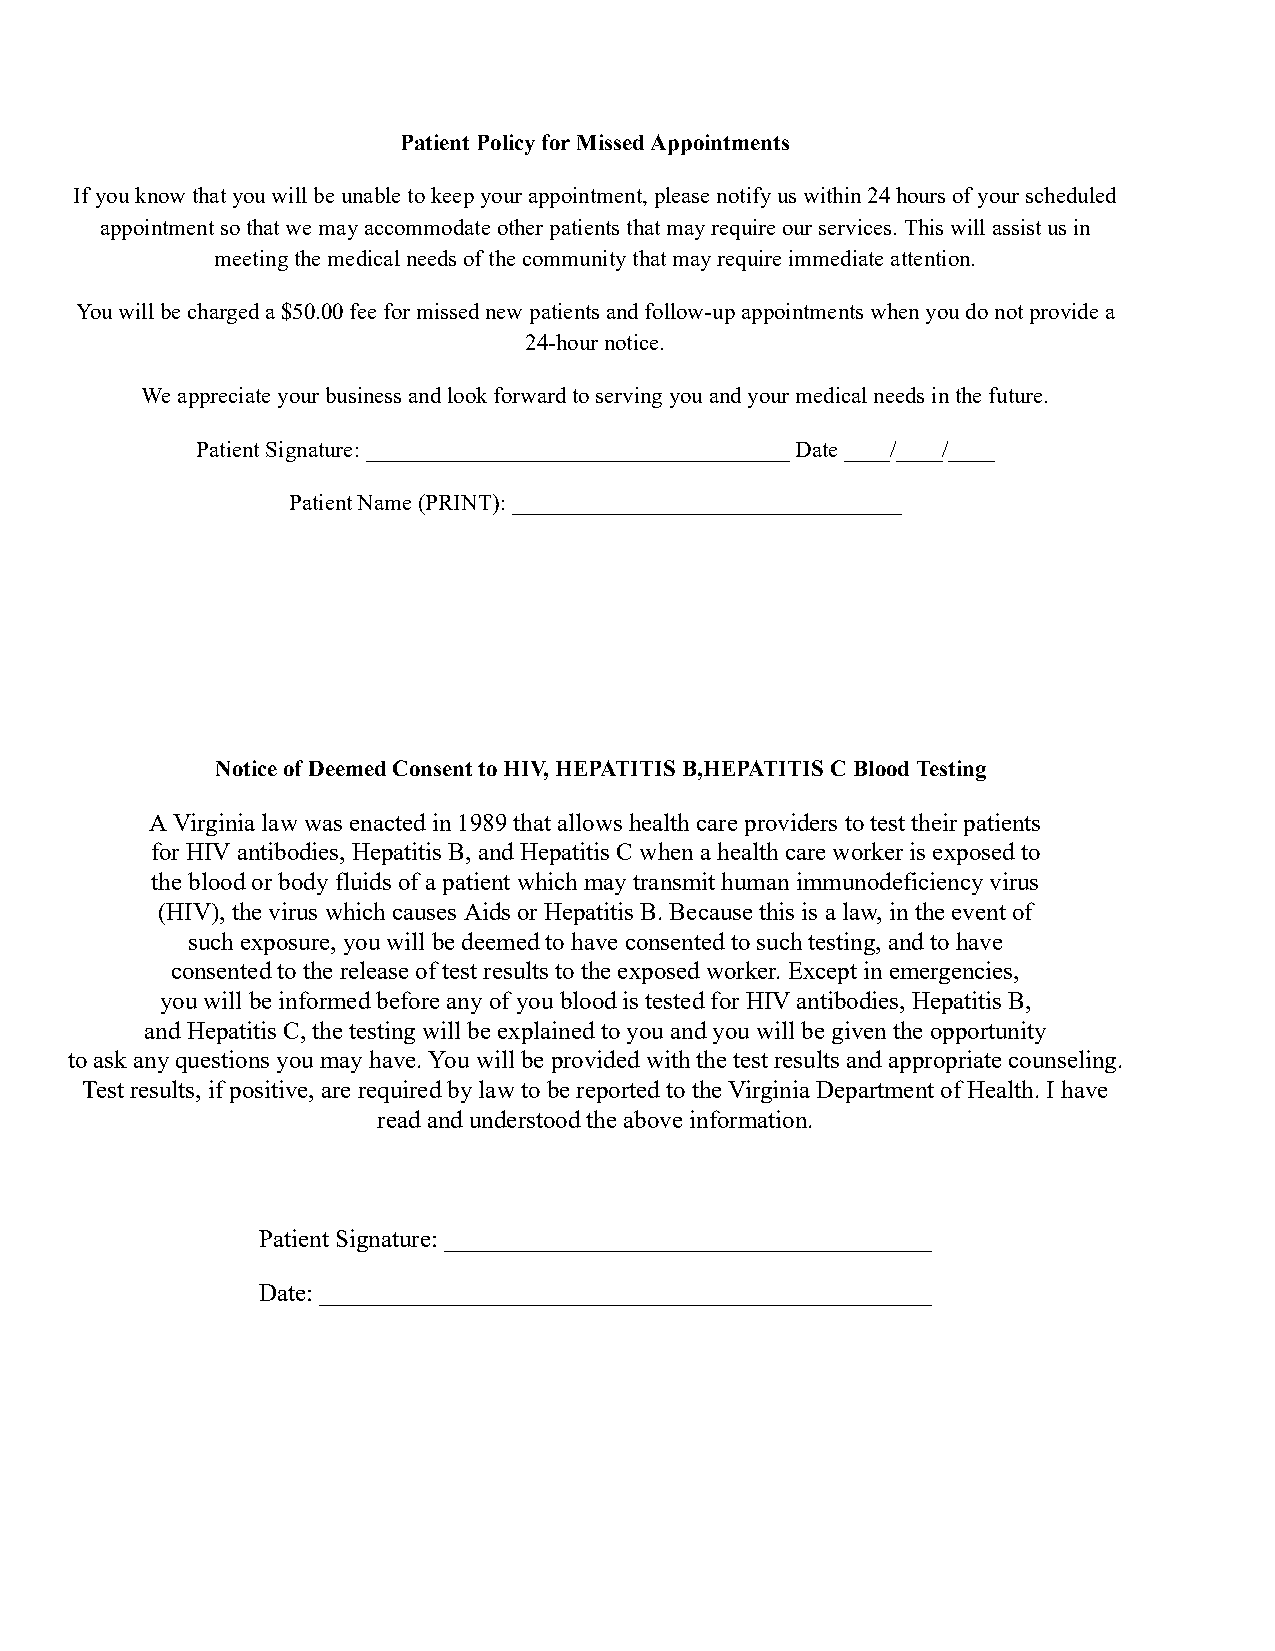
Patient Policy for Missed Appointments
 If you know that you will be unable to keep your appointment, please notify us within 24 hours of your scheduled
 appointment so that we may accommodate other patients that may require our services. This will assist us in
 meeting the medical needs of the community that may require immediate attention.
 You will be charged a $50.00 fee for missed new patients and follow-up appointments when you do not provide a
 24-hour notice.
 We appreciate your business and look forward to serving you and your medical needs in the future.
 Patient Signature: _____________________________________ Date ____/____/____
 Patient Name (PRINT): __________________________________
 Notice of Deemed Consent to HIV, HEPATITIS B,HEPATITIS C Blood Testing
 A Virginia law was enacted in 1989 that allows health care providers to test their patients
 for HIV antibodies, Hepatitis B, and Hepatitis C when a health care worker is exposed to
 the blood or body fluids of a patient which may transmit human immunodeficiency virus
 (HIV), the virus which causes Aids or Hepatitis B. Because this is a law, in the event of
 such exposure, you will be deemed to have consented to such testing, and to have
 consented to the release of test results to the exposed worker. Except in emergencies,
 you will be informed before any of you blood is tested for HIV antibodies, Hepatitis B,
 and Hepatitis C, the testing will be explained to you and you will be given the opportunity
 to ask any questions you may have. You will be provided with the test results and appropriate counseling.
 Test results, if positive, are required by law to be reported to the Virginia Department of Health. I have
 read and understood the above information.
 Patient Signature: _______________________________________
 Date: _________________________________________________